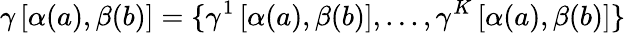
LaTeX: \gamma\left[\alpha(a),\beta(b)\right]=\{ \gamma^{1}\left[\alpha(a),\beta(b)\right],...,\gamma^{K}\left[\alpha(a),\beta(b)\right]\}